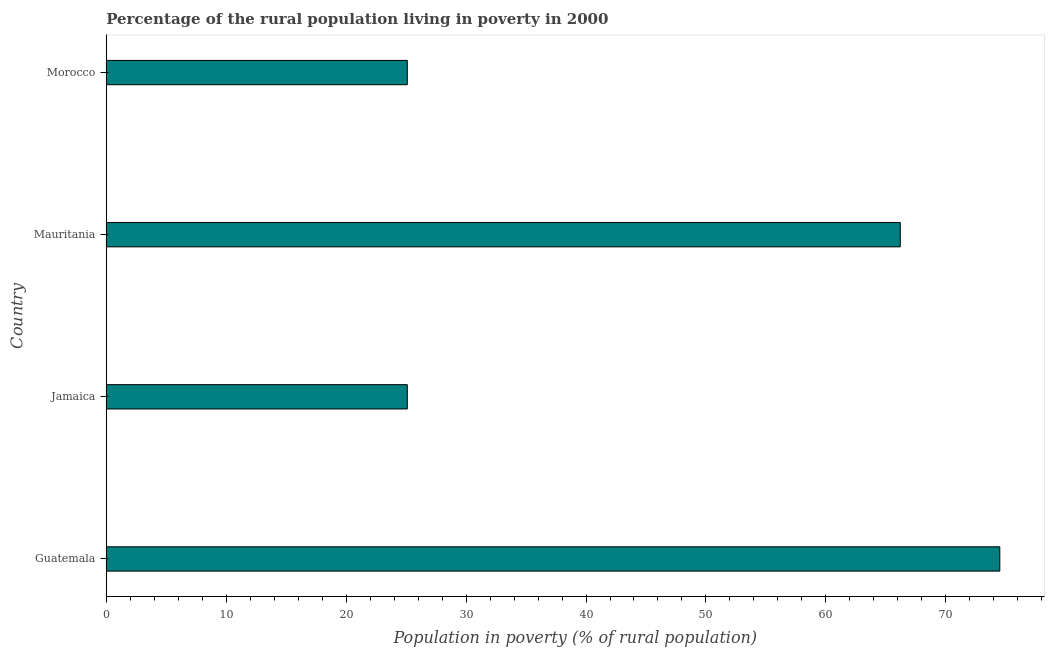
| Country | Rural poverty headcount ratio |
 | --- | --- |
 | Guatemala | 74.5 |
 | Jamaica | 25.1 |
 | Mauritania | 66.2 |
 | Morocco | 25.1 |